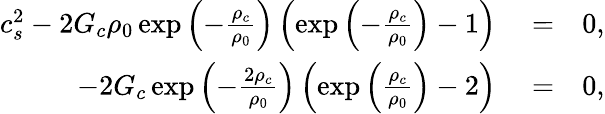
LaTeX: \begin{array}{rlr}{c_{s}^{2}-2G_{c}\rho_{0}\exp\left(-\frac{\rho_{c}}{\rho_{0}}\right)\left(\exp\left(-\frac{\rho_{c}}{\rho_{0}}\right)-1\right)}&{{}=}&{0,}\\ {-2G_{c}\exp\left(-\frac{2\rho_{c}}{\rho_{0}}\right)\left(\exp\left(\frac{\rho_{c}}{\rho_{0}}\right)-2\right)}&{{}=}&{0,}\end{array}